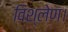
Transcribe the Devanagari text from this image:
विश्लेण।